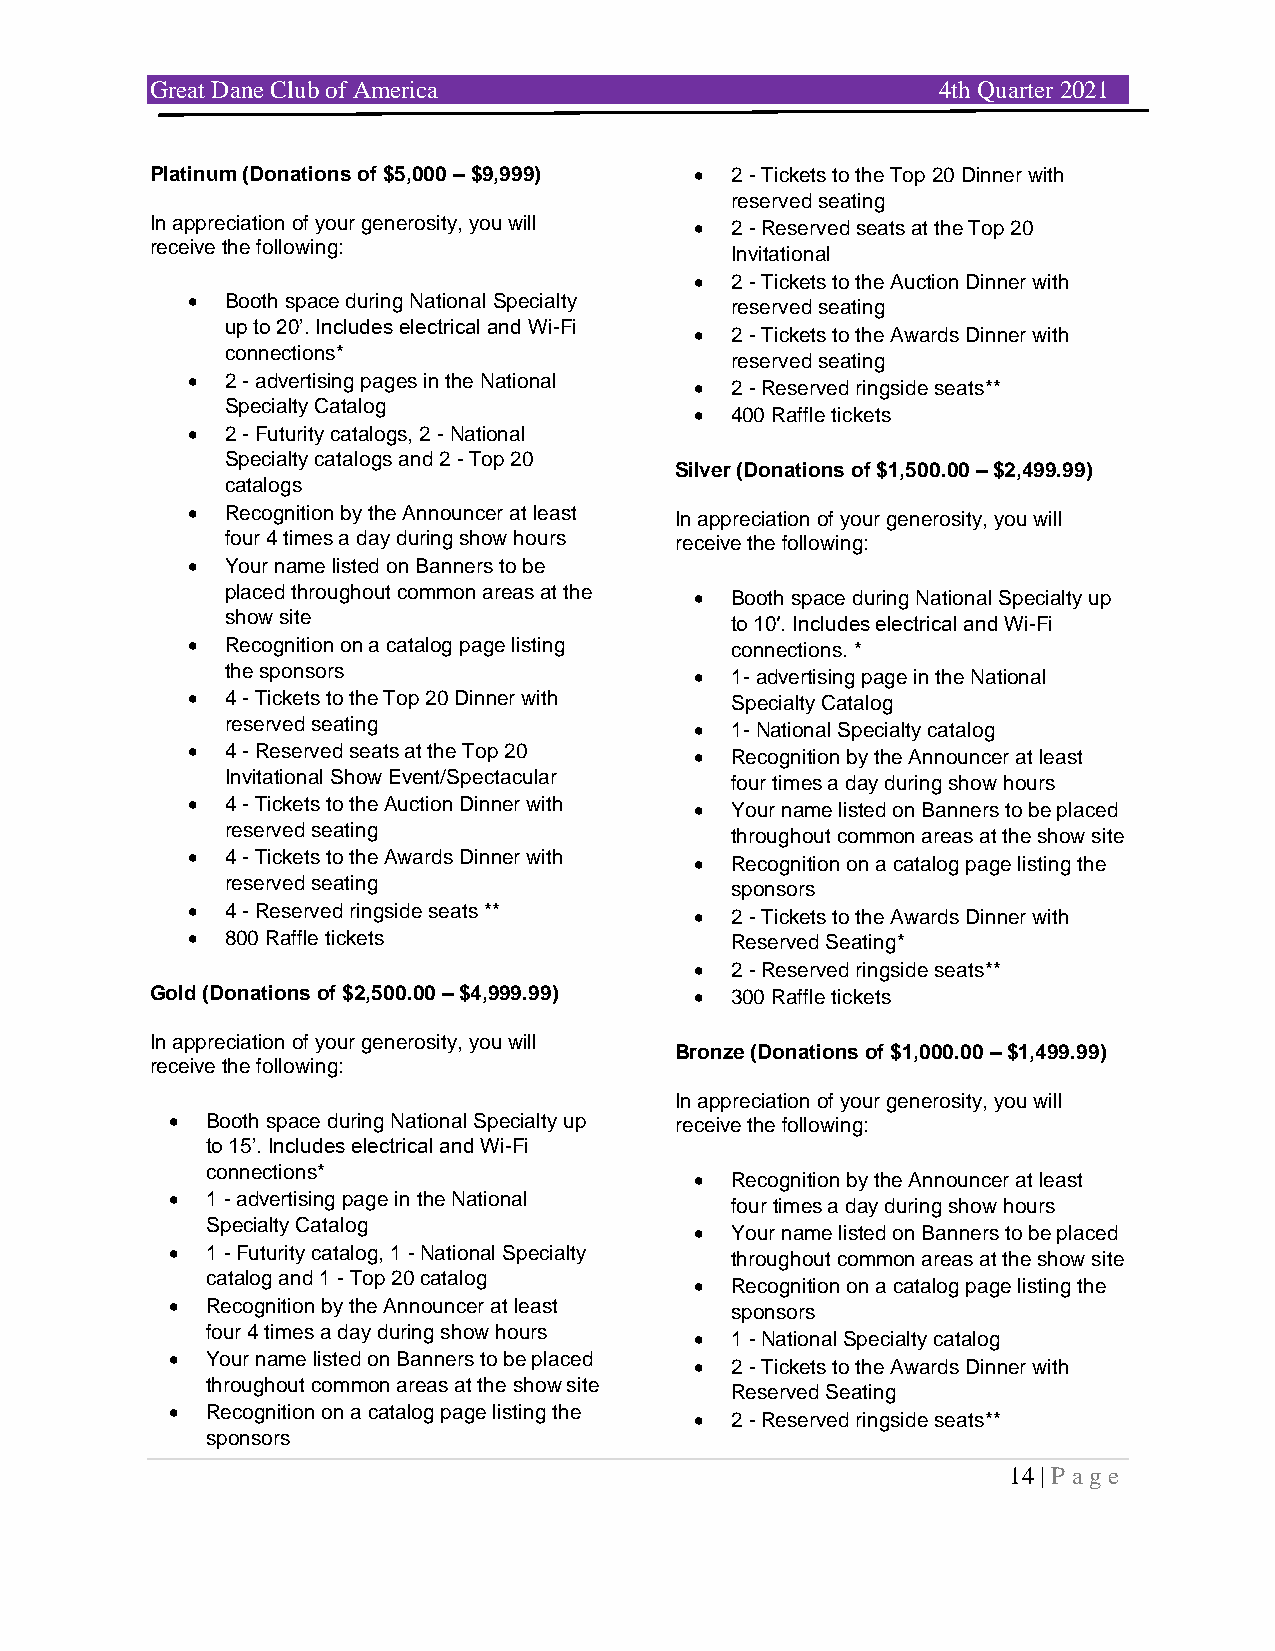
Great Dane Club of America                          4th Quarter 2021
 Platinum (Donations of $5,000 – $9,999) • 2 - Tickets to the Top 20 Dinner with
 reserved seating
 In appreciation of your generosity, you will • 2 - Reserved seats at the Top 20
 receive the following:
 Invitational
 • 2 - Tickets to the Auction Dinner with
 •  Booth space during National Specialty reserved seating
 up to 20’. Includes electrical and Wi-Fi
 • 2 - Tickets to the Awards Dinner with
 connections*
 reserved seating
 •  2 - advertising pages in the National
 • 2 - Reserved ringside seats**
 Specialty Catalog
 • 400 Raffle tickets
 •  2 - Futurity catalogs, 2 - National
 Specialty catalogs and 2 - Top 20
 Silver (Donations of $1,500.00 – $2,499.99)
 catalogs
 •  Recognition by the Announcer at least
 In appreciation of your generosity, you will
 four 4 times a day during show hours receive the following:
 •  Your name listed on Banners to be
 placed throughout common areas at the • Booth space during National Specialty up
 show site                        to 10′. Includes electrical and Wi-Fi
 •  Recognition on a catalog page listing connections. *
 the sponsors                   • 1- advertising page in the National
 •  4 - Tickets to the Top 20 Dinner with Specialty Catalog
 reserved seating               • 1- National Specialty catalog
 •  4 - Reserved seats at the Top 20 • Recognition by the Announcer at least
 Invitational Show Event/Spectacular four times a day during show hours
 •  4 - Tickets to the Auction Dinner with • Your name listed on Banners to be placed
 reserved seating                 throughout common areas at the show site
 •  4 - Tickets to the Awards Dinner with • Recognition on a catalog page listing the
 reserved seating                 sponsors
 •  4 - Reserved ringside seats ** • 2 - Tickets to the Awards Dinner with
 •  800 Raffle tickets               Reserved Seating*
 • 2 - Reserved ringside seats**
 Gold (Donations of $2,500.00 – $4,999.99) • 300 Raffle tickets
 In appreciation of your generosity, you will
 Bronze (Donations of $1,000.00 – $1,499.99)
 receive the following:
 In appreciation of your generosity, you will
 •  Booth space during National Specialty up receive the following:
 to 15’. Includes electrical and Wi-Fi
 connections*
 • Recognition by the Announcer at least
 •  1 - advertising page in the National four times a day during show hours
 Specialty Catalog
 • Your name listed on Banners to be placed
 •  1 - Futurity catalog, 1 - National Specialty throughout common areas at the show site
 catalog and 1 - Top 20 catalog
 • Recognition on a catalog page listing the
 •  Recognition by the Announcer at least sponsors
 four 4 times a day during show hours
 • 1 - National Specialty catalog
 •  Your name listed on Banners to be placed
 • 2 - Tickets to the Awards Dinner with
 throughout common areas at the show site
 Reserved Seating
 •  Recognition on a catalog page listing the
 • 2 - Reserved ringside seats**
 sponsors
 14 | P age